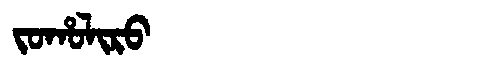
Manchu: ᠵᠣᡥᠣᠯᡳᡵᠣ
Romanization: JOHOLIRO